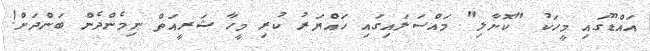
އައްޑޫގައި މީހަކު "ކޮށާލި" މައްސަލައިގައި ހައްޔަރު ކުރި މީހާ ޝަރީއަތް ނިމެންދެން ބަންދަށް!